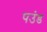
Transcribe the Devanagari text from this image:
पउंड